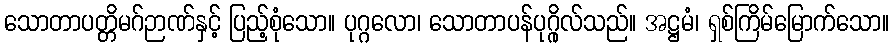
သောတာပတ္တိမဂ်ဉာဏ်နှင့် ပြည့်စုံသော။ ပုဂ္ဂလော၊ သောတာပန်ပုဂ္ဂိုလ်သည်။ အဋ္ဌမံ၊ ရှစ်ကြိမ်မြောက်သော။